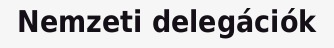
Nemzeti delegációk